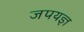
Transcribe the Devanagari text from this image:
जपयज्ञ